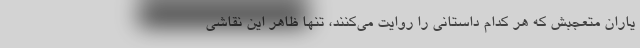
یاران متعجبش که هر کدام داستانی را روایت می‌کنند، تنها ظاهر این نقاشی